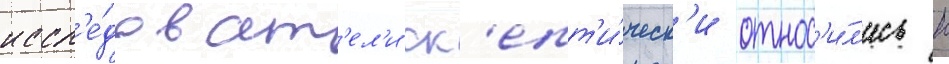
иссл'е́доват'ел'и ск'епт'и́ческ'и относ'и́л'ись к